Juuru_vallavalitsus, lk 19
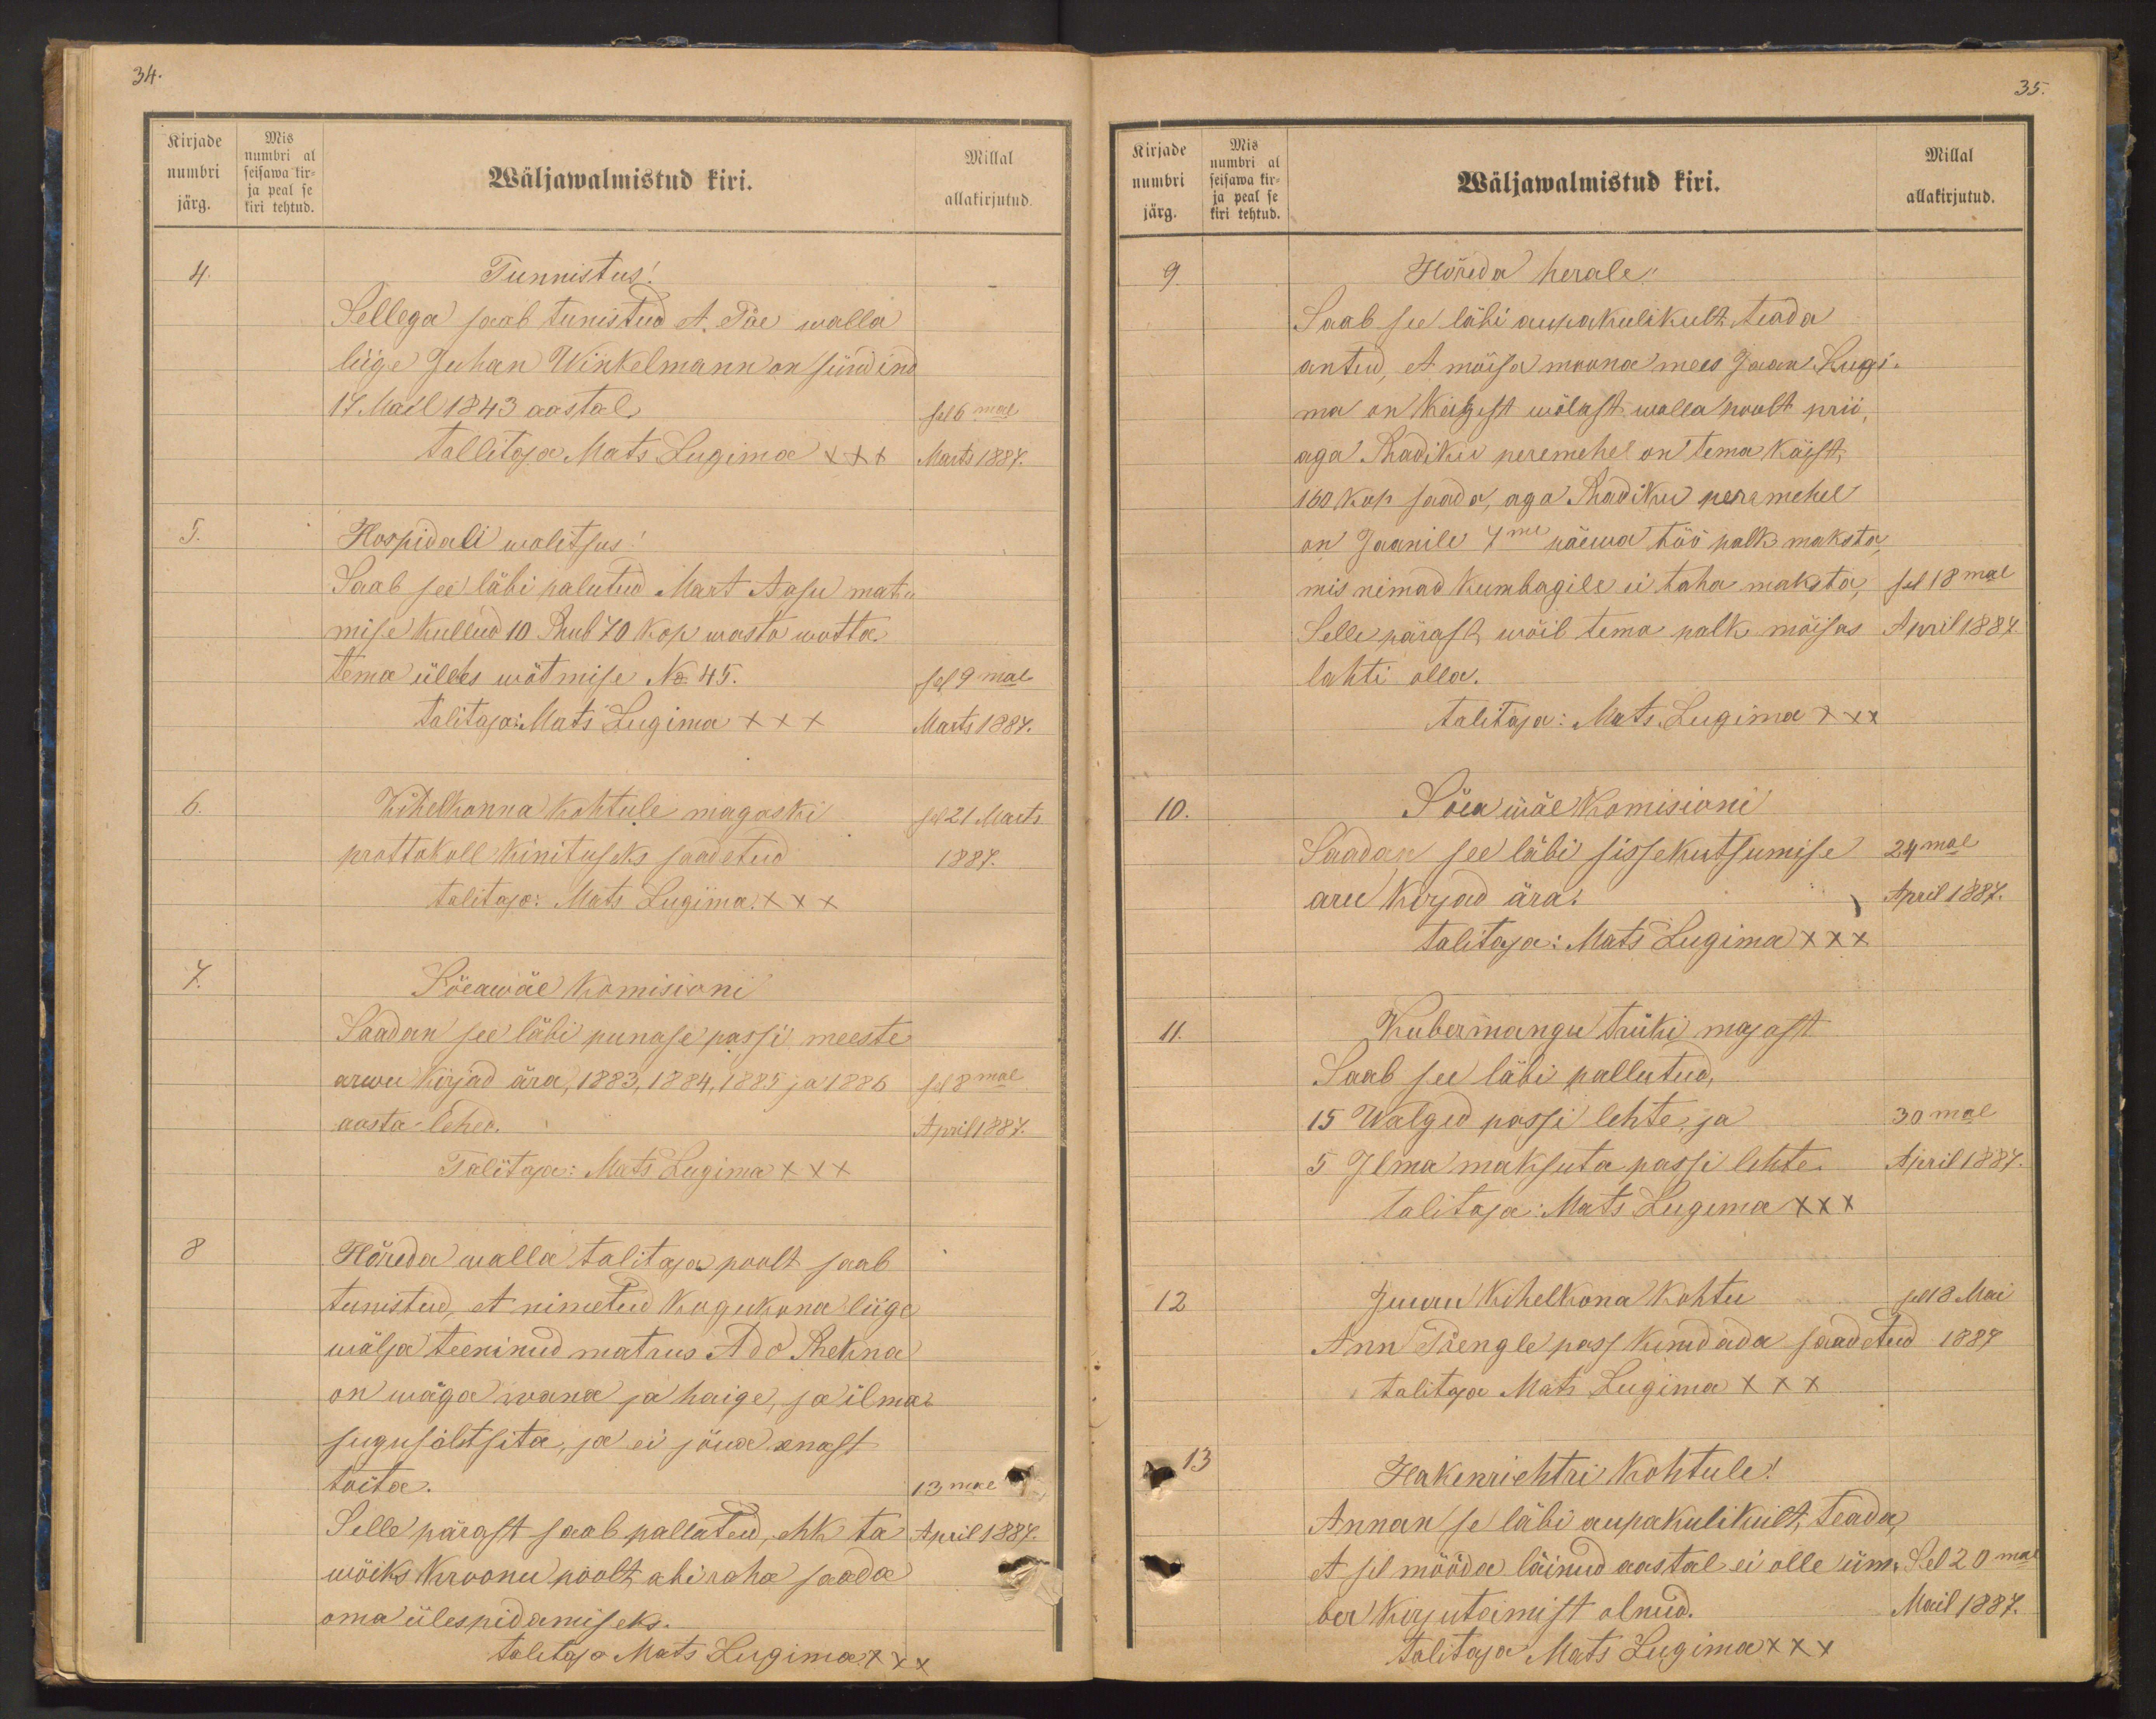
34.

Kirjade
numbri
järg.
Mis
numbri al
seisawa kir-
ja peal se
kiri tehtud.

Millal
Wäljawalmistud kiri.
allakirjutud.
4.
Tunnistus!
Sellega saab tunistud et, Pae walla
liige Juhan Winkelmann on sündind
17 Mail 1843 aastal
sel 16mal
Tallitaja Mats Lugima XXX
Marts 1887.
5.
Hospitali walitsus.
Saab see läbi palutud Mart Aasu mat-
mise kullud 10 Rub 70 kop wasta wõtta.
tema ülles wõtmise No 45.
sel 9mal
talitaja: Mats Lugima XXX
Marts 1887.
6.
Kihelkonna kohtule magaski
sel 21 Marts
prottokoll kinituseks saadetud.
1887.
talitaja: Mats Lugima XXX
7.
Sõeawäe Komisioni
Saadan see läbi punase passi meeste
arwu kirjad ära, 1883, 1884, 1885 ja 1886
Sel 8mal
aasta lehed.
April 1887.
Talitaja: Mats Lugima XXX
8
Hõreda walla talitaja poolt saab
tunnistud, et nimetud kogukona liige
wälja teeninud matrus Ado Rekna
on wäga wana ja haige, ja ilma
sugusältsita, ja ei jõua enast
toita.
13mal
Selle pärast saab pallutud, ehk ta
April 1887.
wõiks Kroonu poolt abiraha saada
oma ülespidamiseks.
talitaja Mats Lugima XXX

Kirjade
numbri
järg.
Mis
numbri al
seisawa kir-
ja peal se
kiri tehtud.

35.
Millal
Wäljawalmistud kiri.
allakirjutud.
9.
Hõreda herale.
Saab see läbi aupakulikult teada
antud, et mõisa moona mees Jaan Rugi-
ma on keigist wõlast walla poolt prii,
aga Radiku peremehel on tema käist,
160 kop saada, aga. Radiku pere mehel
on Jaanile 7me päewa töö palk maksta
mis nimad kumbagile ei taha maksta, sel 18mal
Selle pärast, wõib tema palk mõisas April 1887.
lahti olla.
talitaja: Mats Lugima XXX
10.
Sõea wäe komisioni
Saadan see läbi sissekutsumise 24mal
aru kirjad ära.
April 1887.
Talitaja: Mats Lugima XXX
11.
Kubermangu trüki majast.
Saab see läbi pallutud,
15 Walged passi lehte ja
30mal
5. Ilma maksuta passi lehte.
April 1887.
Talitaja: Mats Lugima XXX
12
Juuru Kihelkona kohtu
sel 18 Mai
Ann Prengle pass kinidada saadetud 1887
talitaja Mats Lugima XXX
13
Hakenrichtri kohtule!
Annan se läbi aupakulikult, teada-
et sel mööda läinud aastal ei olle üm-
Sel 20mal
ber kirjutaimist olnud.
Mail 1887.
talitaja Mats Lugima XXX